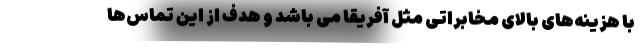
با هزینه‌های بالای مخابراتی مثل آفریقا می باشد و هدف از این تماس‌ها